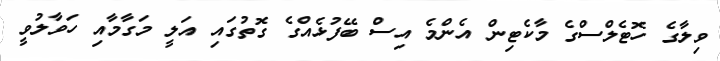
ވިލާގެ ހޮޓެލްސްގެ މާކެޓިން އެންމެ އިސް ބޭފުޅެއްގެ ގޮތުގައި އަލީ މަގާމާއި ހަވާލުވީ